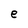
Character: e